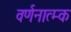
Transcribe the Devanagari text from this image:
वर्णनात्म्क